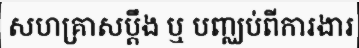
សហគ្រាសប្តឹង ឬ បញ្ឈប់ពីការងារ